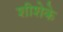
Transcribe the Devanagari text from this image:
शीशेके